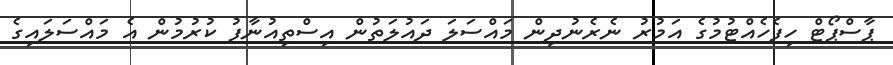
ޕާސްޕޯޓް ހިފެހެއްޓުމުގެ އަމުރު ނެރެނުދިން މައްސަލަ ދައުލަތުން އިސްތިއުނާފު ކުރުމުން އެ މައްސަލައިގެ